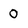
Character: 0